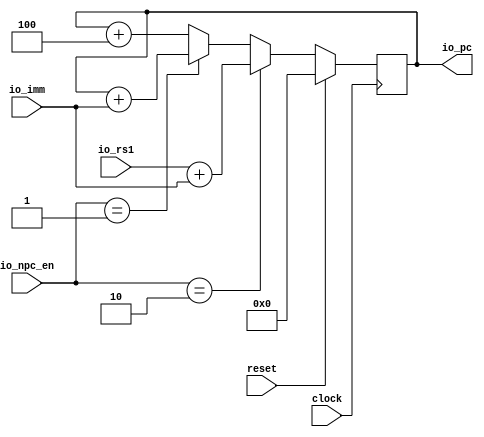
module FetchUnit(
  input         clock,
                reset,
  input  [31:0] io_imm,
                io_rs1,
  input  [1:0]  io_npc_en,
  output [31:0] io_pc
);
  reg [31:0] pc;
  always @(posedge clock) begin
    if (reset)
      pc <= 32'h0;
    else if (io_npc_en == 2'h2)
      pc <= io_rs1 + io_imm;
    else if (io_npc_en == 2'h1)
      pc <= pc + io_imm;
    else
      pc <= pc + 32'h4;
  end
  assign io_pc = pc;
endmodule